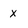
Character: X